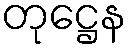
တုဋ္ဌေန